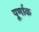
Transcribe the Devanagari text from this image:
पूर्णाक